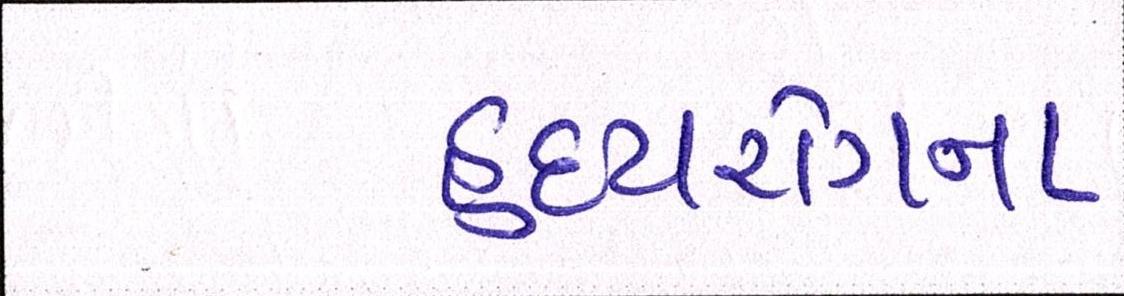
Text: હૃદયરોગના